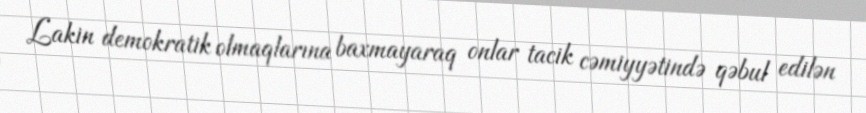
Lakin demokratik olmaqlarına baxmayaraq onlar tacik cəmiyyətində qəbul edilən